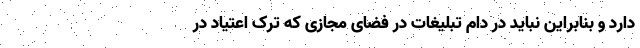
دارد و بنابراین نباید در دام تبلیغات در فضای مجازی که ترک اعتیاد در